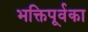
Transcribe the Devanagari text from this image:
भक्तिपूर्वका